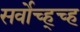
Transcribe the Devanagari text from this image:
सर्वोच्ह्च्ह